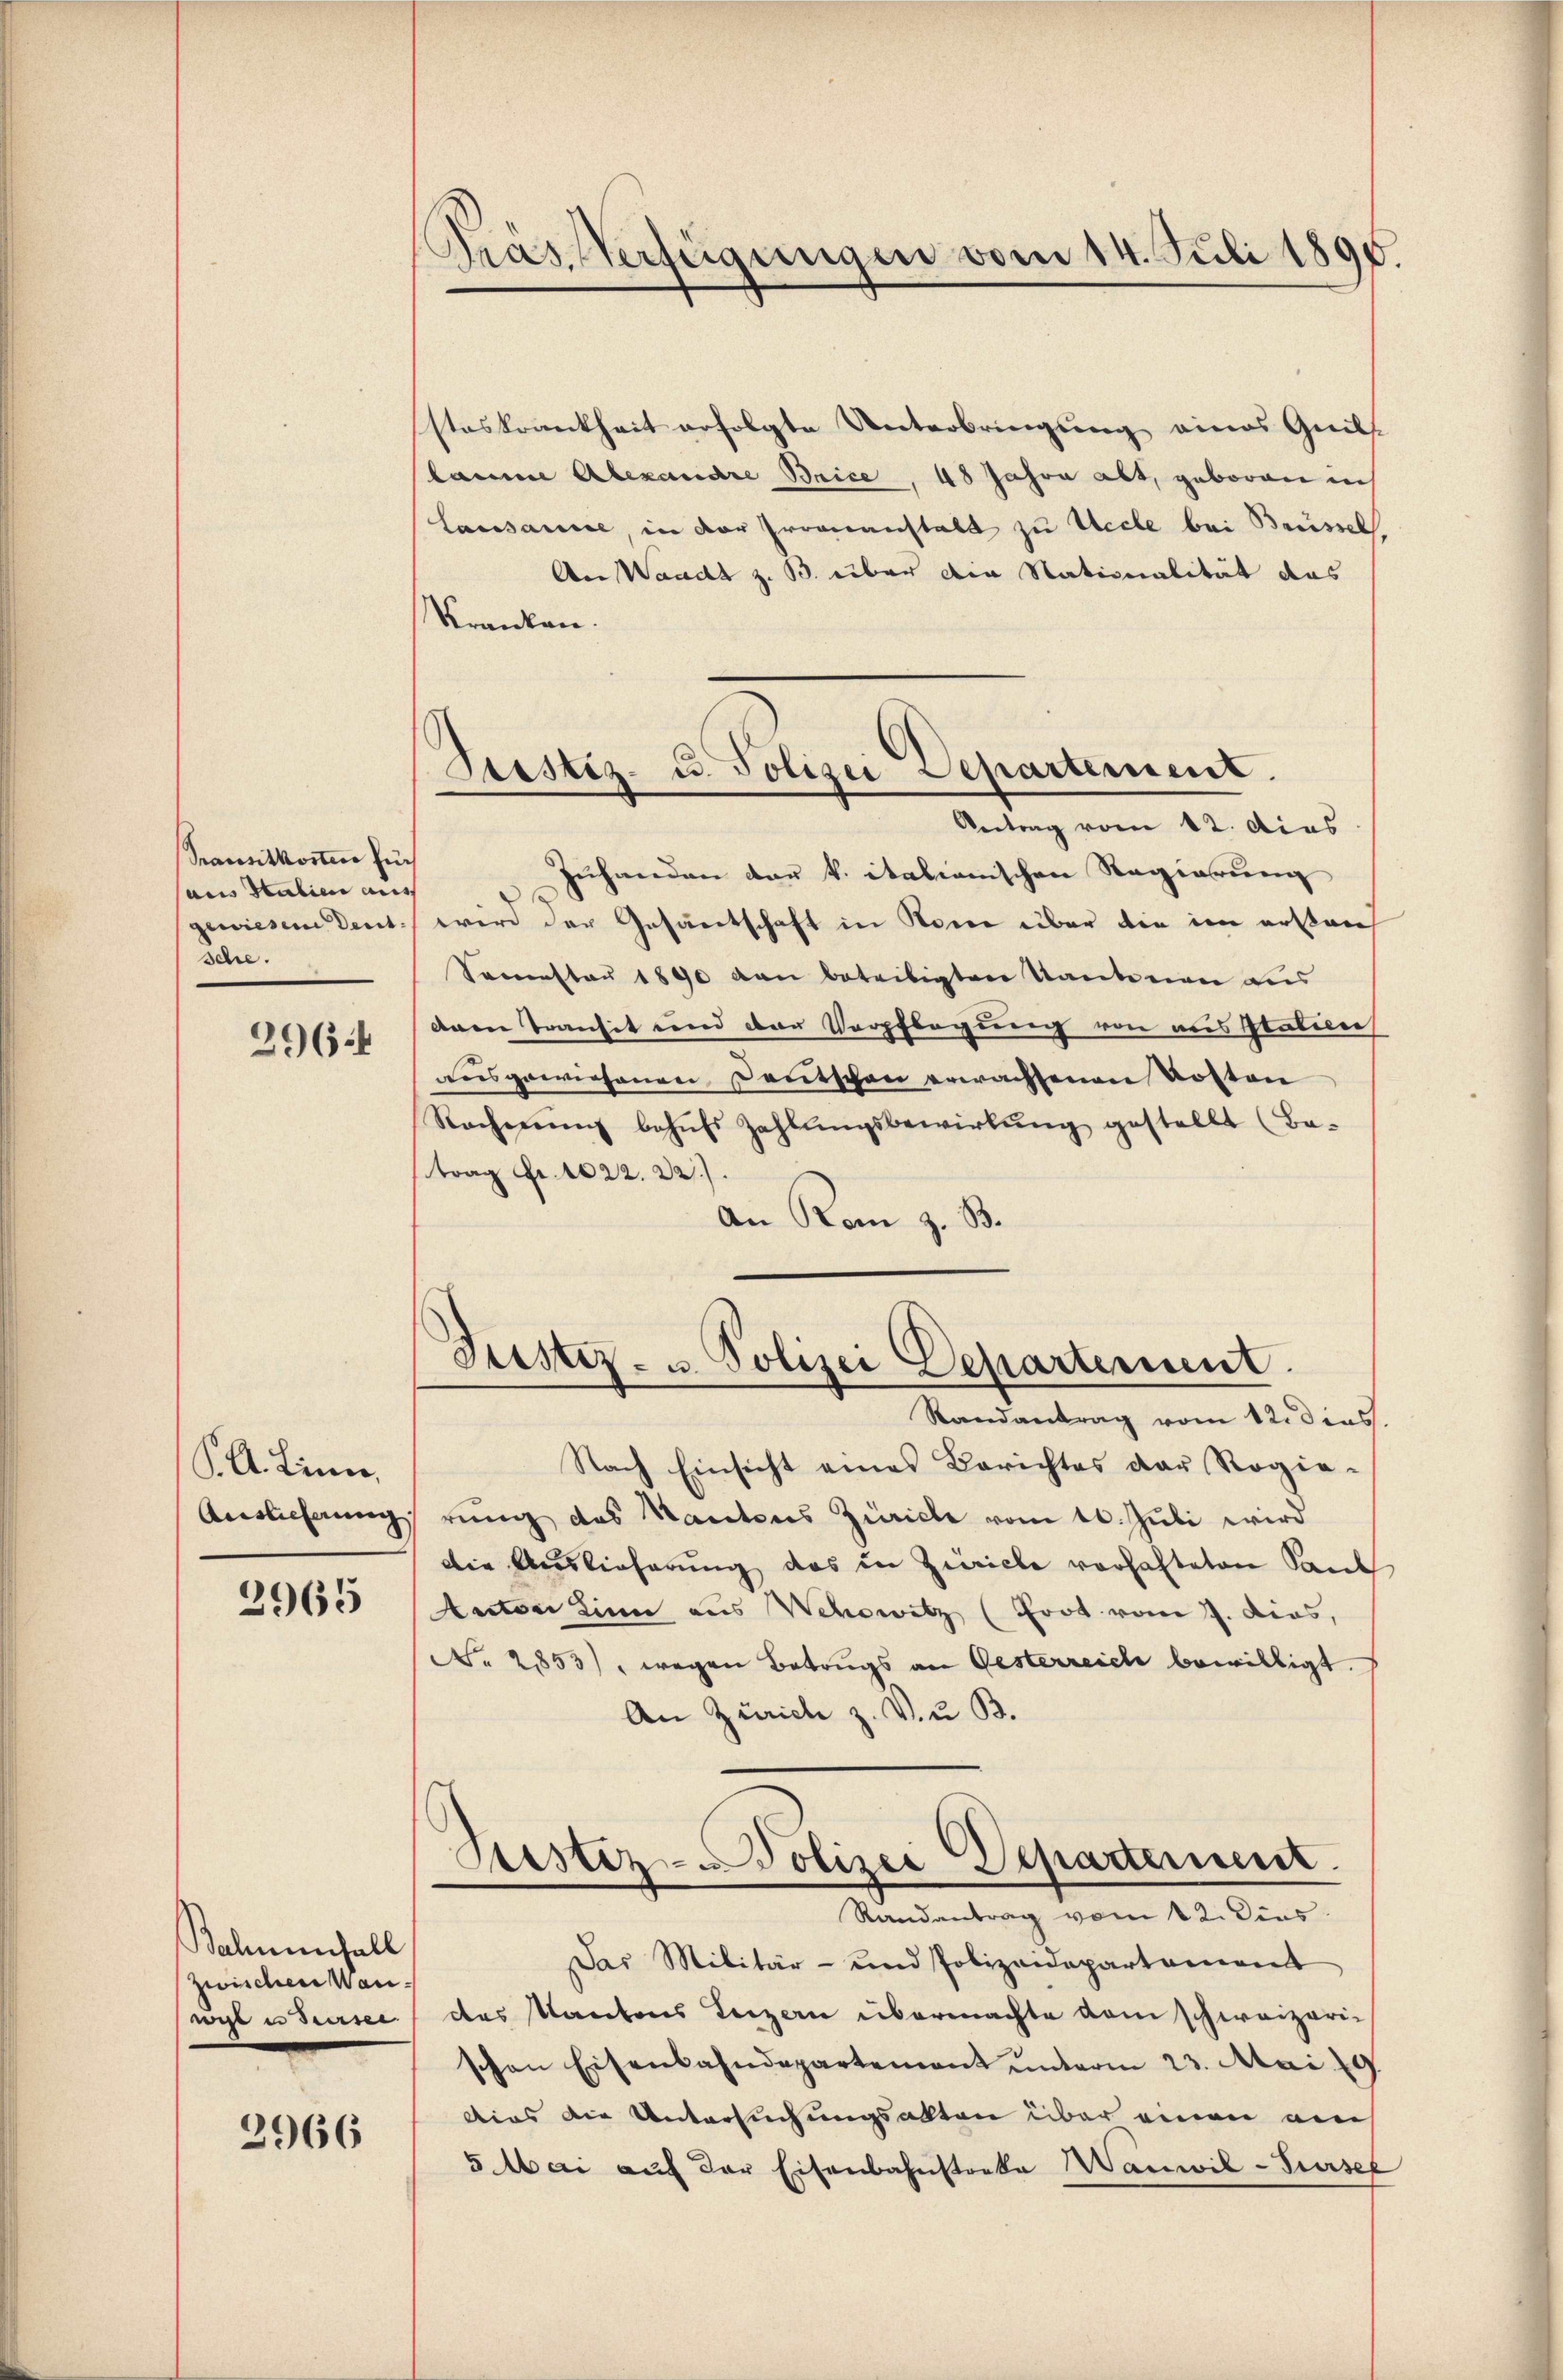
Sanitkonten für
aus Statien aus
gewiesem Deut
sche.

296.

K. A. Linne,
Auslieferung

2965

Balmenfall
Zwischen Wanwil in Sursee

2966

Pras Verfügungen vom 14. Juli 1890.

Prestiz- u. Polizei Departement.
Antrag vom 12. dies

steskrankheit erfolgte Unterbringung eines Quilslaue Alexandre Brice, 48 Jahre abt, geboren in
Lausanne, in der Proveranstalt zu Uecte bei Brüssel
An Waadt z. B. über die Nationalität das
Kranken.
Zuhanden der k. italianischen Regierung
wird der Gesantschaft in Sonne über die im erstan
Semester 1890 von beteiligten Tantenen aus
dnen Transit und der Verpflegung von aus statien
ausgewiesenen Deutschen erwachsenen Kosten
Rechnung behŭfs Zahlŭngsbewirkŭng gestellt (Be-
trag Fr. 1022. 22).
An Rom z. B.

Justiz- u. Polizei Departement.

Randantrag vom 12. dies
Nach Einsicht eines Berichtes der Regie-
rung des Kantons Zürich vom 10. Juli wird
die Auslieferung das in Zwicke vorhafteten Sand
Anton Sinn aus Wehowitz (Frot vom 7. dies,
No. 2853), wegen Betrugs an Gesterreich bewilligt.
An Zürich z. V. u B.
Liestez-Polizei Departement.
Randantrag vom 22. Dies
Das Militär- und Polizeidepartament
des Kantons Luzern übermachte vom schweizeri-
schen Eisenbahndepartement unterm 23. Mai 19
dies die Untersuchungsakten über einen am
5 Mai auf der Eisenbahnstocke Wanwil-Sursel